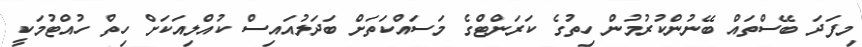
މިފަދަ ބޭސްތައް ބޭނުންކުރުމުން ހިތުގެ ކަރަންޓްގެ މަސައްކަތަށް ބަދަލުއައިސް ކުއްލިއަކަށް ހިތް ހުއްޓުމަކީ